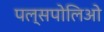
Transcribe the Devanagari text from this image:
पल्सपोलिओ